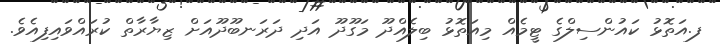
ފ.އަތޮޅު ކައުންސިލްގެ ޓީމެއް މިއަތޮޅު ބިލެއްދޫ މަގޫދޫ އަދި ދަރަނބޫދޫއަށް ޒިޔާރާތް ކުރައްވައިފިއެވެ.